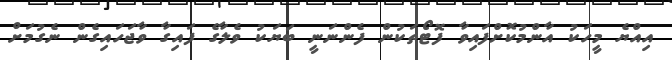
އިއްޔެ މީހަކު އާންމުކޮށްފައިވާ ފޮޓޯތަކުން ފެންނަނީ ބަޔަކު ވެލާގެ ފައިގާ ވާޖަހައިގެން ނެގުމަށް